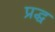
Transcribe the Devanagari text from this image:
प्रद्ध